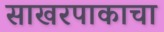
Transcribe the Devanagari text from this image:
साखरपाकाचा